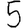
Digit: 5